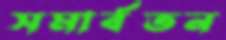
সমার্বতন